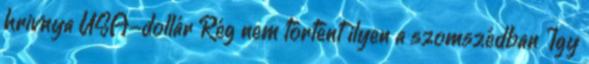
hrivnya USA-dollár Rég nem történt ilyen a szomszédban Így